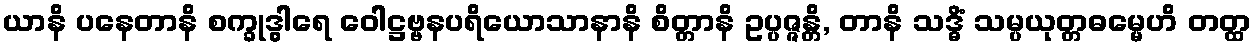
ယာနိ ပနေတာနိ စက္ခုဒွါရေ ဝေါဋ္ဌဗ္ဗနပရိယောသာနာနိ စိတ္တာနိ ဥပ္ပဇ္ဇန္တိ, တာနိ သဒ္ဓိံ သမ္ပယုတ္တဓမ္မေဟိ တတ္ထ